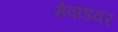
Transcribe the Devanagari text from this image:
मेवाडवर